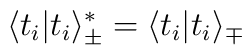
\langle t_i | t_i\rangle^*_{\pm} = \langle t_i | t_i\rangle_{\mp}